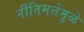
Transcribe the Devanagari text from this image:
नीतिमत्तेमुळे